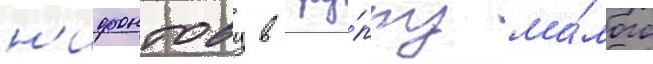
н'ифонтову в тру́ппу ма́лого